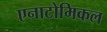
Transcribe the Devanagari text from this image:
एनाटोमिकल